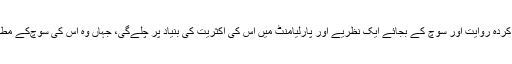
مگر، اگر جمہوریت دلیل، حقائق اور آئین کی قائم کردہ روایت اور سوچ کے بجائے ایک نظریے اور پارلیامنٹ میں اس کی اکثریت کی بنیاد پر چلے‌گی، جہاں وہ اس کی سوچ‌کے مطابق آئین میں بھی رات و رات تبدیلی لا سکتی ہے۔